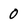
Character: 0